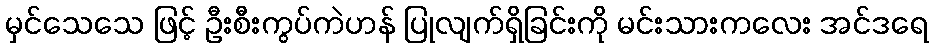
မှင်သေသေ ဖြင့် ဦးစီးကွပ်ကဲဟန် ပြုလျက်ရှိခြင်းကို မင်းသားကလေး အင်ဒရေ